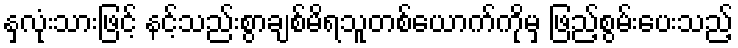
နှလုံးသားဖြင့် နင့်သည်းစွာချစ်မိရသူတစ်ယောက်ကိုမှ ဖြည့်စွမ်းပေးသည့်